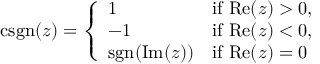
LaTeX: \operatorname { c s g n } ( z ) = { \left\{ \begin{array} { l l } { 1 } & { { \mathrm { i f ~ } } \mathrm { R e } ( z ) > 0 , } \\ { - 1 } & { { \mathrm { i f ~ } } \mathrm { R e } ( z ) < 0 , } \\ { \operatorname { s g n } ( \mathrm { I m } ( z ) ) } & { { \mathrm { i f ~ } } \mathrm { R e } ( z ) = 0 } \end{array} \right. }